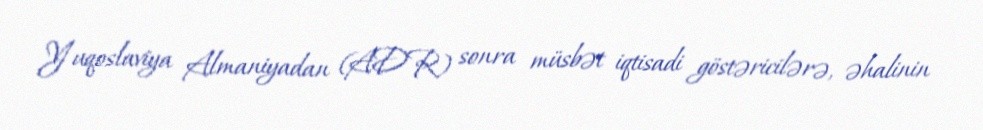
Yuqoslaviya Almaniyadan (ADR) sonra müsbət iqtisadi göstəricilərə, əhalinin